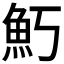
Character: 𬵁